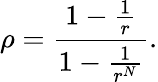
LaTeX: \rho=\frac{1-\frac{1}{r}}{1-\frac{1}{r^{N}}}.